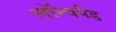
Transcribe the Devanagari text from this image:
लॉन्चपैड